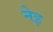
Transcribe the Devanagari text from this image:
नेइ